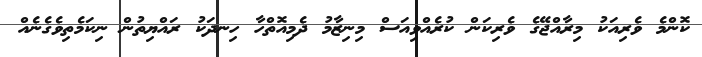
ކޮންމެ ވެރިއަކު މިރާއްޖޭގެ ވެރިކަން ކުރެއްވިއަސް މިނިޒާމު ދެމިއޮތްހާ ހިނދަކު ރައްޔިތުން ނިކަމެތިވެގެނެއް